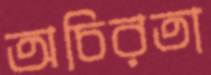
অচিরতা